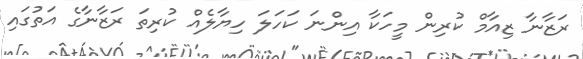
ރަޒާނާ ޒިއާމް ކުރިން މީހަކާ އިންނަ ކަހަލަ ހިޔާލެއް ކުރިތަ ރަޒާނާގެ އަތުގައި